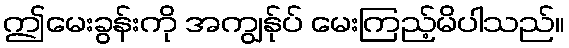
ဤမေးခွန်းကို အကျွန်ုပ် မေးကြည့်မိပါသည်။